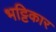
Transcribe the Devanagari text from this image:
भट्टिकार